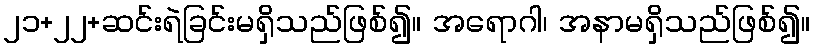
၂၁+၂၂+ဆင်းရဲခြင်းမရှိသည်ဖြစ်၍။ အရောဂါ၊ အနာမရှိသည်ဖြစ်၍။